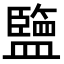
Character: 𥃆